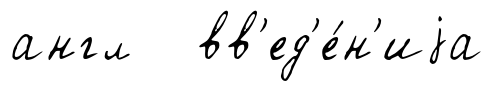
англ вв'ед'е́н'иjа